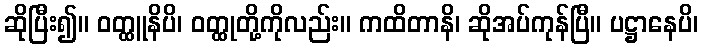
ဆိုပြီး၍။ ဝတ္ထူနိပိ၊ ဝတ္ထုတို့ကိုလည်း။ ကထိတာနိ၊ ဆိုအပ်ကုန်ပြီ။ ပဋ္ဌာနေပိ၊